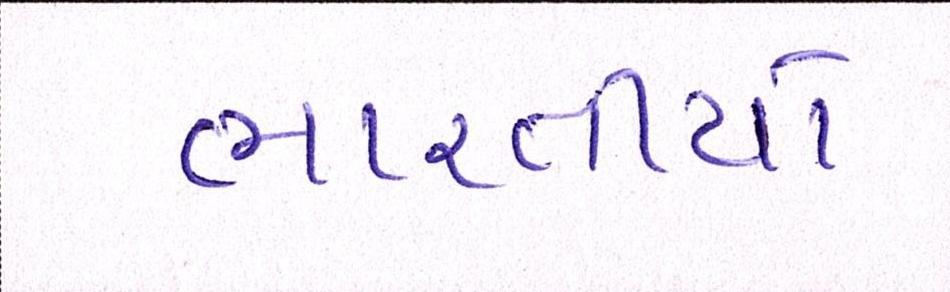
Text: ભારતીયો